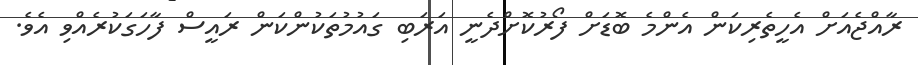
ރާއްޖެއަށް އެހީތެރިކަން އެންމެ ބޮޑަށް ފޯރުކޮށްދެނީ އަރަބި ގައުމުތަކުންކަން ރައީސް ފާހަގަކުރެއްވި އެވެ.